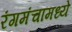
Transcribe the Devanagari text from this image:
रंगमंचामध्ये